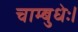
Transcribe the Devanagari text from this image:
चाम्बुधेः।